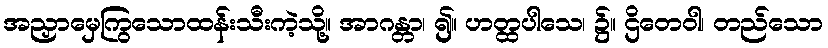
အညှာမှေကြွသောထန်းသီးကဲ့သို့။ အာဂန္တာ၊ ၍။ ဟတ္ထပါသေ၊ ၌။ ဌိတေဝါ၊ တည်သော